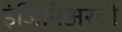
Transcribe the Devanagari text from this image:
इंजिनिअरची